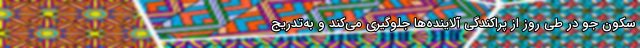
سکون جو در طی روز از پراکندگی آلاینده‌ها جلوگیری می‌کند و به‌تدریج